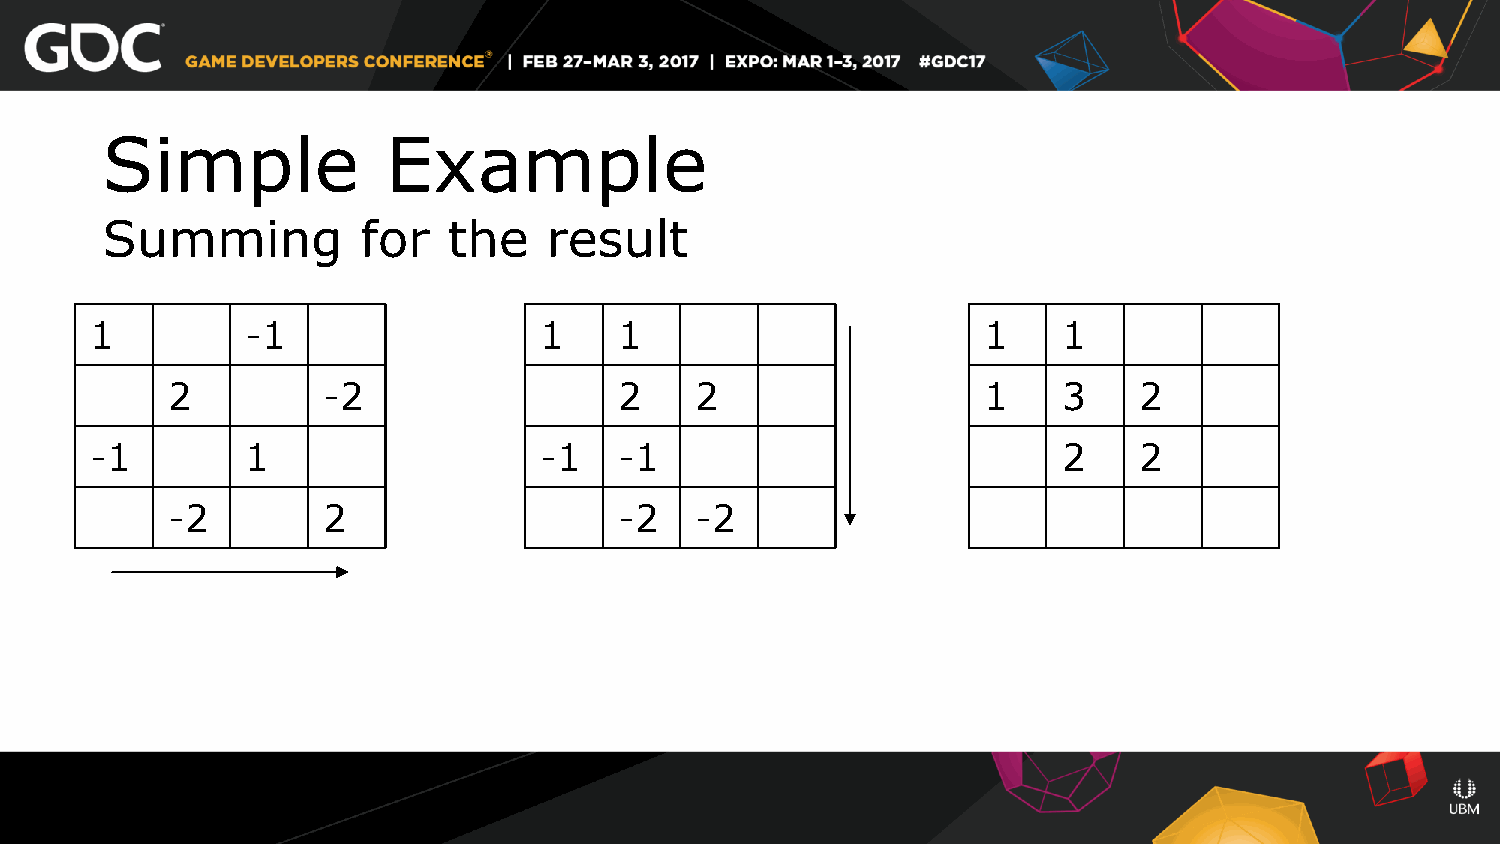
Simple             Example
 Summing          for   the   result
 1         -1                  1    1                       1    1
 2         -2                  2    2                  1    3    2
 -1        1                   -1   -1                           2    2
 -2        2                   -2   -2